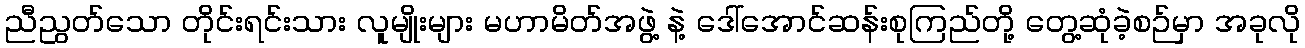
ညီညွတ်သော တိုင်းရင်းသား လူမျိုးများ မဟာမိတ်အဖွဲ့ နဲ့ ဒေါ်အောင်ဆန်းစုကြည်တို့ တွေ့ဆုံခဲ့စဉ်မှာ အခုလို